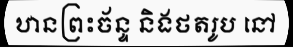
ឋានព្រះច័ន្ទ និងថតរូប នៅ